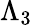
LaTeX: \Lambda_{3}